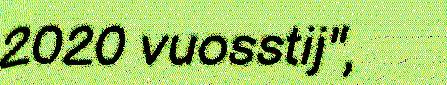
2020 vuosstij",